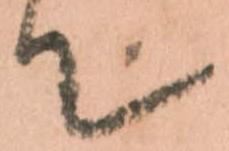
て